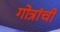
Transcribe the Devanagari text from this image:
गोत्रांची